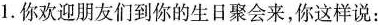
1. 你欢迎朋友们到你的生日聚会来，你这样说：